Document type: Sale
Year: 1275
Scribe: Salvador de Baiona
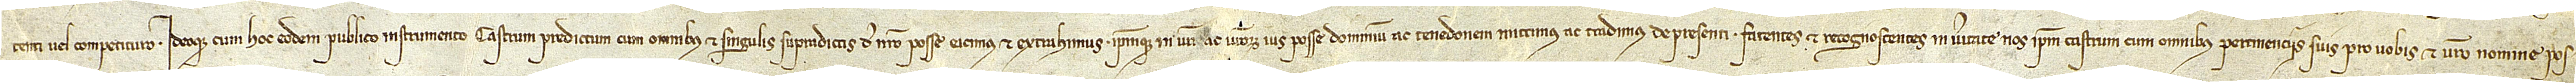
tenti vel competituro. Ideoque cum hoc eodem publico instrumento castrum predictum, cum omnibus et singulis supradictis, de nostro posse eicimus et extrahimus ipsumque in vestri ac vestrorum ius, posse, dominium ac tenedonem mittimus ac tradius de presenti, facientes et recognoscentes in veritate nos ipsum castrum, cum omnibus pertinenciis suis, pro vobis et vestro nomine pos-